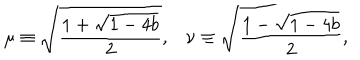
\mu \equiv \sqrt { \frac { 1 + \sqrt { 1 - 4 b } } { 2 } } , \nu \equiv \sqrt { \frac { 1 - \sqrt { 1 - 4 b } } { 2 } } ,